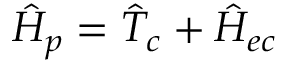
\hat { H } _ { p } = \hat { T } _ { c } + \hat { H } _ { e c }